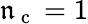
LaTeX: \mathfrak{n}_{\mathrm{{~c~}}}=1